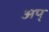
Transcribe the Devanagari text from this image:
अप्‌